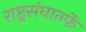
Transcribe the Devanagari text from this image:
राष्ट्र्रसंघातर्फे